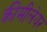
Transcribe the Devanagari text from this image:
क्रीमीलेयर